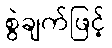
စွဲချက်ဖြင့်